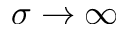
\sigma \rightarrow \infty